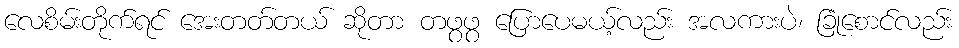
လေစိမ်းတိုက်ရင် အေးတတ်တယ် ဆိုတာ တဖွဖွ ပြောပေမယ့်လည်း အလကားပဲ၊ ခြုံစောင်လည်း